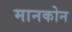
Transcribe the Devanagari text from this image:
मानकोन